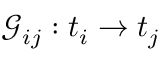
\mathcal { G } _ { i j } : t _ { i } \rightarrow t _ { j }